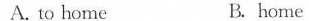
A.to home B. home